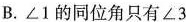
B.∠1的同位角只有∠3